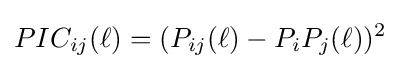
PIC_{ij}(\ell )=(P_{ij}(\ell )-P_{i}P_{j}(\ell ))^{2}